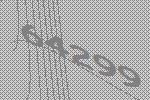
64299